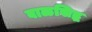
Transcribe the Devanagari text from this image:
बाळसिद्ध